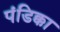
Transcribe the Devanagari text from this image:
पंडिक्का